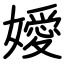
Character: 嬡